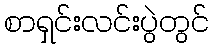
စာရှင်းလင်းပွဲတွင်